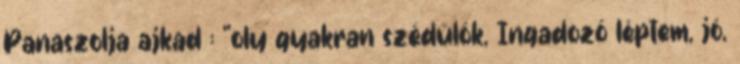
Panaszolja ajkad : "oly gyakran szédülök, Ingadozó léptem, jó,